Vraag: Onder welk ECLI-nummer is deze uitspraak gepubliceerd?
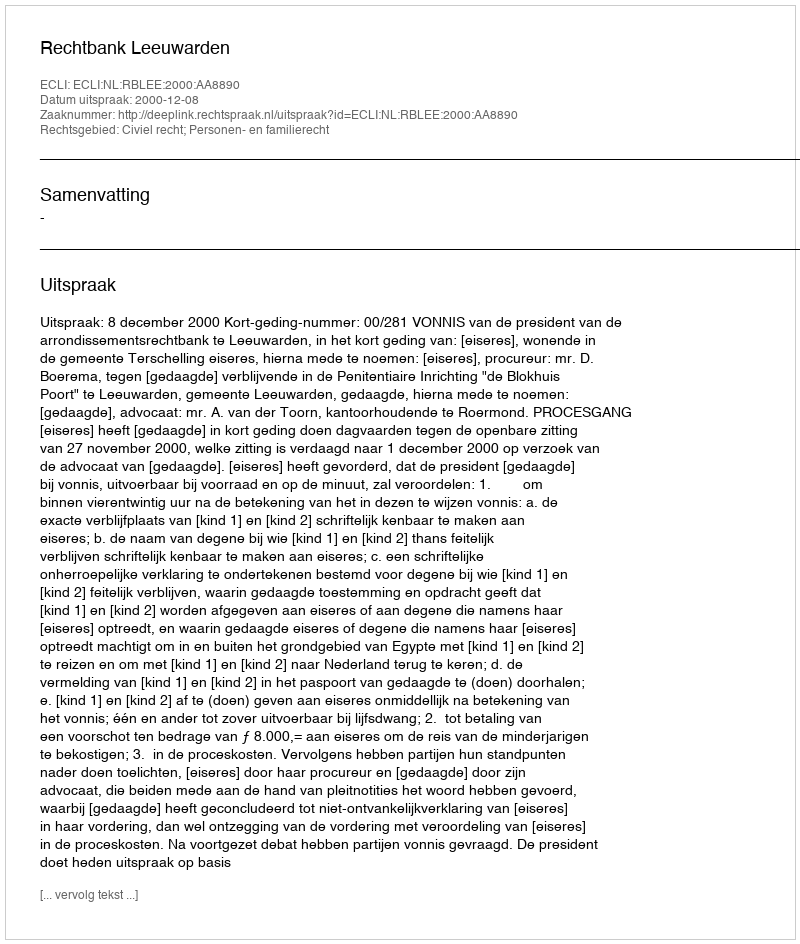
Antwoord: ECLI:NL:RBLEE:2000:AA8890